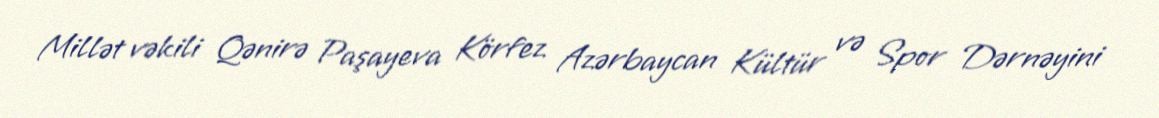
Millət vəkili Qənirə Paşayeva Körfez Azərbaycan Kültür və Spor Dərnəyini